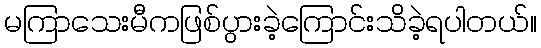
မကြာသေးမီကဖြစ်ပွားခဲ့ကြောင်းသိခဲ့ရပါတယ်။